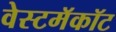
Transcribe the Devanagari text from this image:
वेस्टमॅकॉट